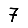
Digit: 7